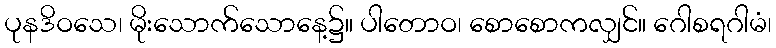
ပုနဒိဝသေ၊ မိုးသောက်သောနေ့၌။ ပါတောဝ၊ စောစောကလျှင်။ ဂေါစရဂါမံ၊